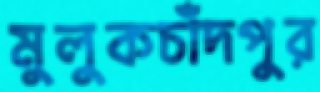
মুলুকচাঁদপুর